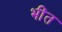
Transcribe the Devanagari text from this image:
भींत